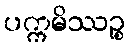
ပက္ကမိဿဉ္စ